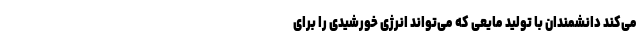
می‌کند دانشمندان با تولید مایعی که می‌تواند انرژی خورشیدی را برای